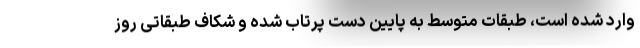
وارد شده است، طبقات متوسط به پایین دست پرتاب شده و شکاف طبقاتی روز